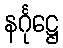
နင်္ဂုဋ္ဌေ